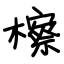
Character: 檫